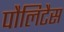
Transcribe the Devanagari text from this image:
पौलिटैस